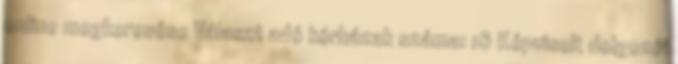
online megkeresése Választ adó kórházak száma: 16 Képviselt dolgozói